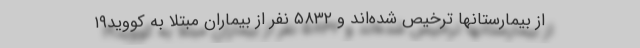
از بیمارستانها ترخیص شده‌اند و ۵۸۳۲ نفر از بیماران مبتلا به کووید۱۹